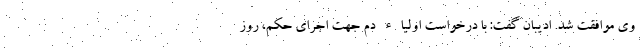
وی موافقت شد. ادیبان گفت: با درخواست اولیاء دم جهت اجرای حکم، روز